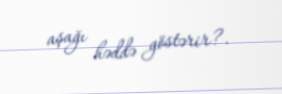
aşağı həddə göstərir?.